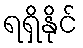
ရရှိနိုင်